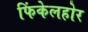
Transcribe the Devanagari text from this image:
फिंकेलहोर